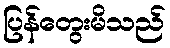
ပြန်တွေးမိသည်